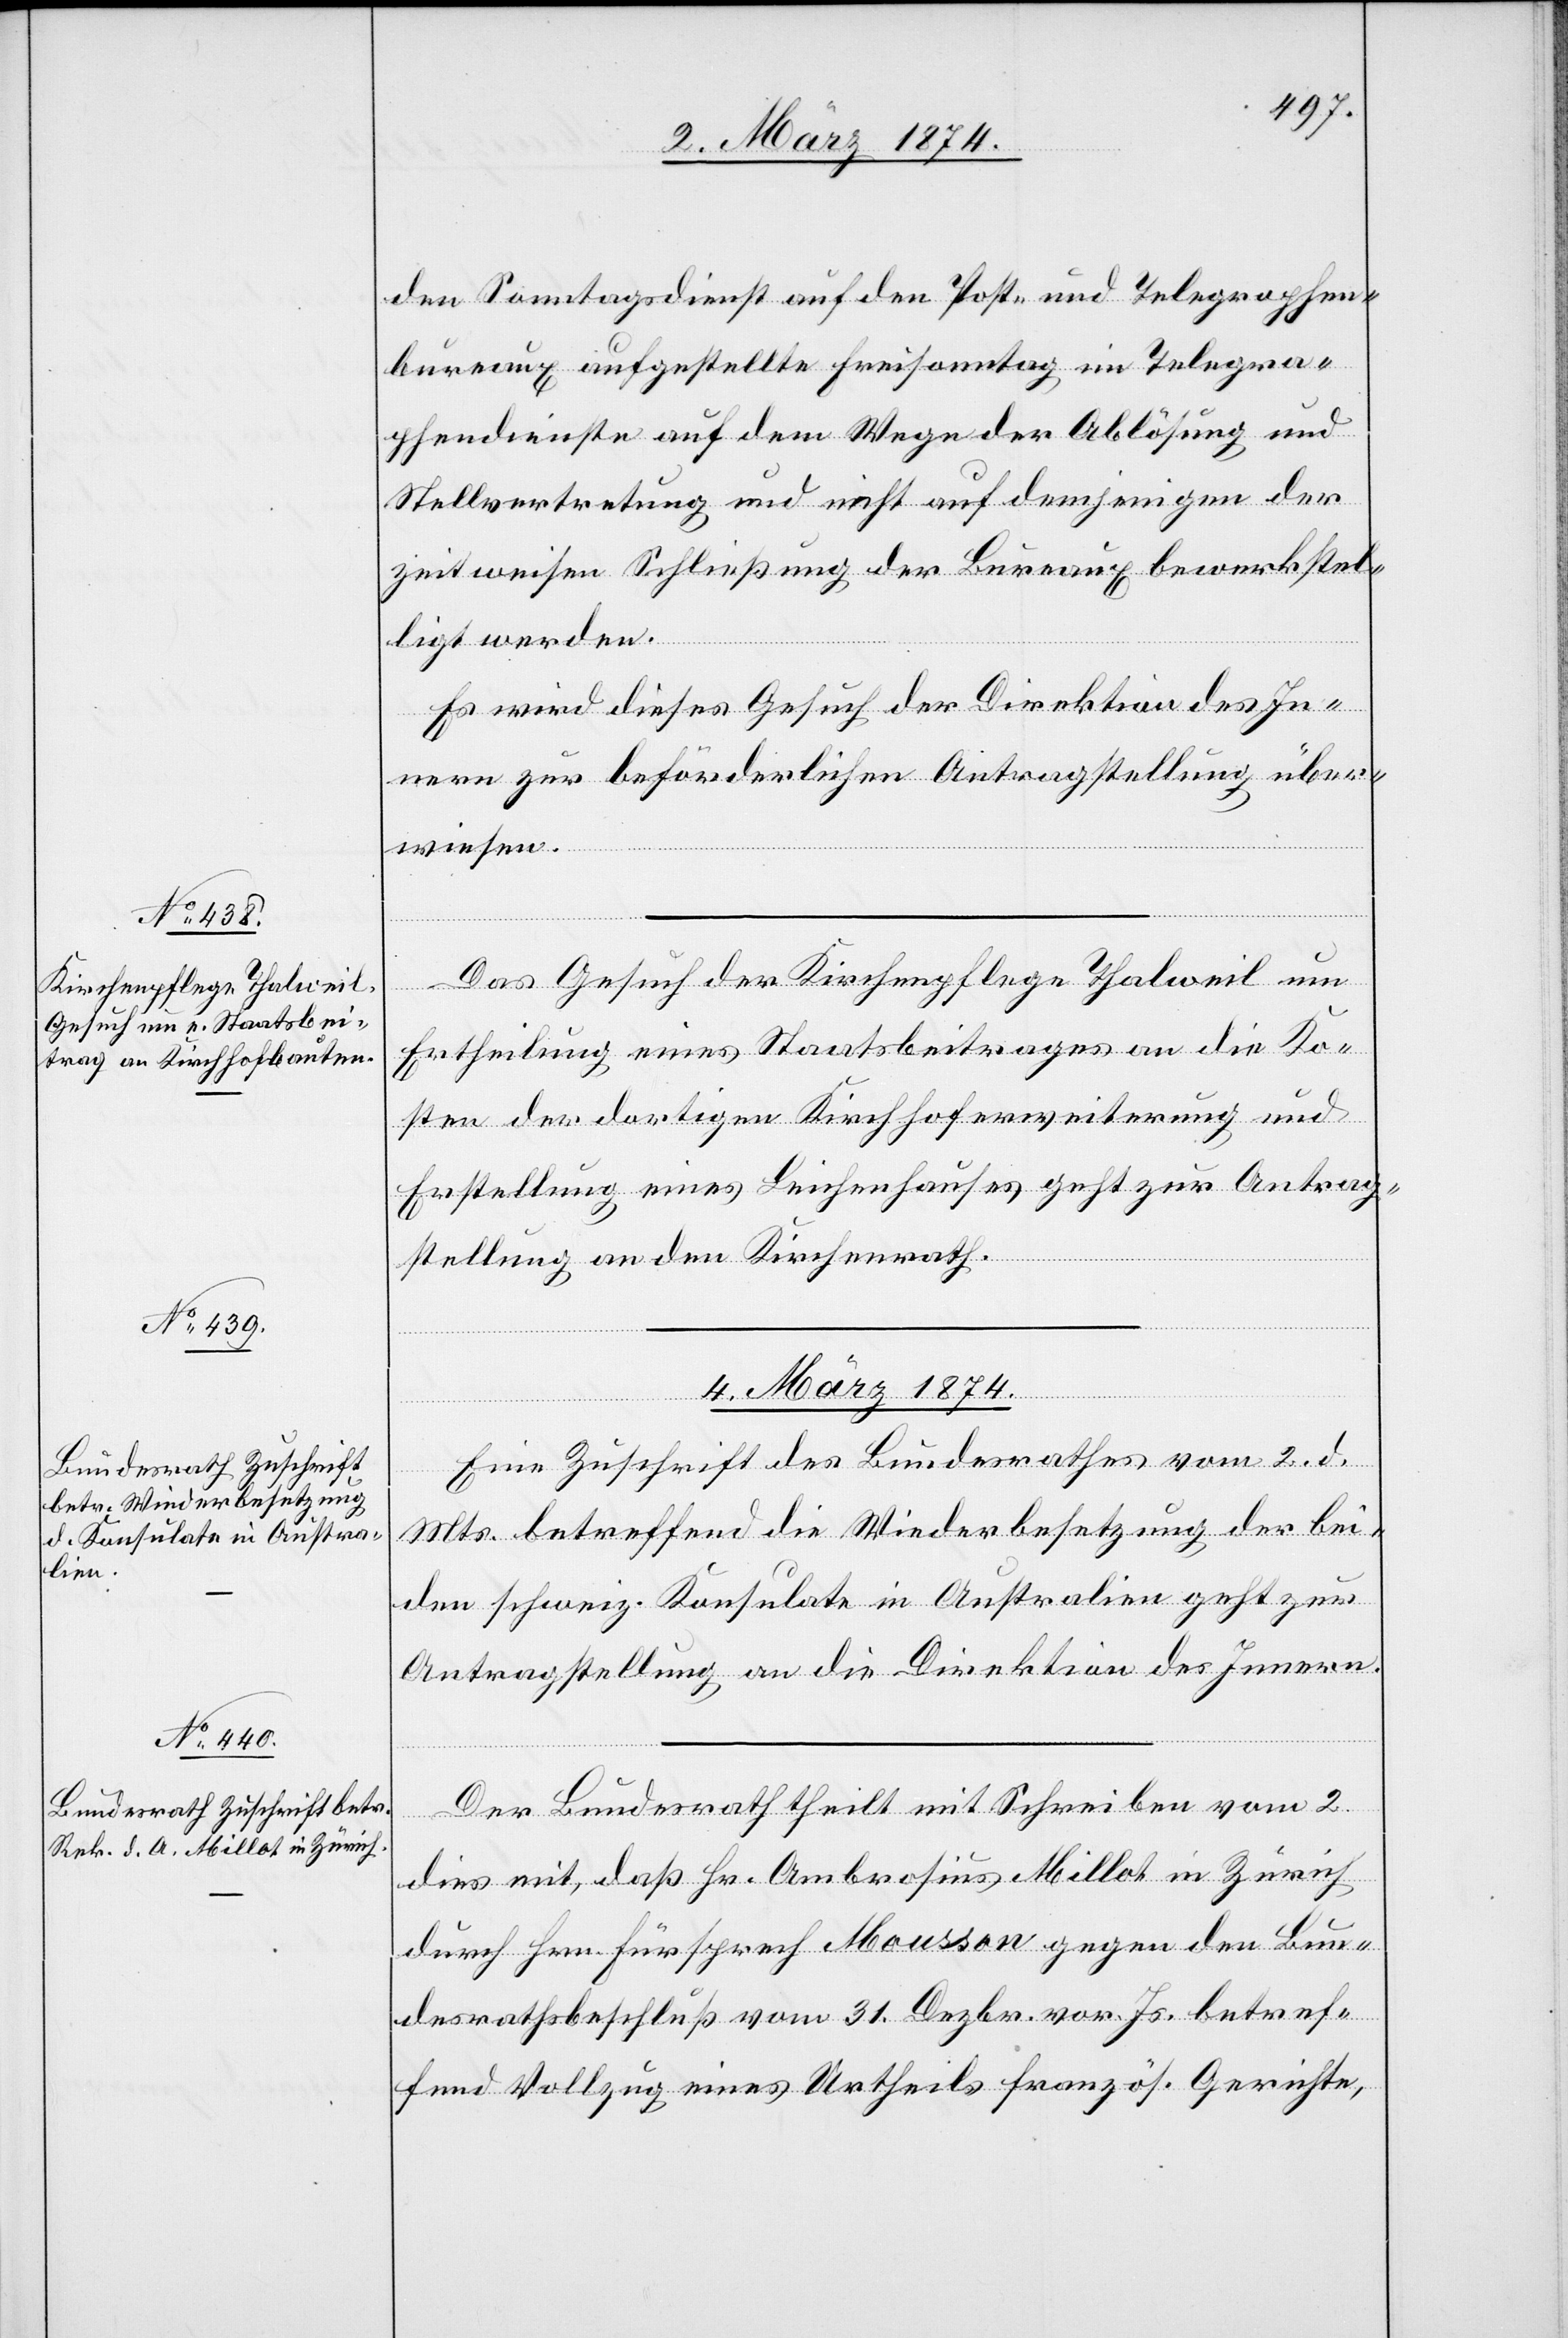
3. März 1874.]
den Sonntagsdienst auf den Post- und Telegraphen¬
bureaux aufgestellte Freisonntag im Telegra¬
phendienste auf dem Wege der Ablösung und
Stellvertretung und nicht auf demjenigen der
zeitweisen Schließung der Bureaux bewerkstel¬
ligt werden.
Es wird dieses Gesuch der Direktion des In¬
nern zur beförderlichen Antragstellung über¬
wiesen.
Das Gesuch der Kirchenpflege Thalweil um
Ertheilung eines Staatsbeitrages an die Ko¬
sten der dortigen Kirchhoferweiterung und
Erstellung eines Leichenhauses geht zur Antrag¬
stellung an den Kirchenrath.
4. März 1874.]
Eine Zuschrift des Bundesrathes vom 2. d.
Mts. betreffend die Wiederbesetzung der bei¬
den schweiz. Konsulate in Australien geht zur
Antragstellung an die Direktion des Innern.
Der Bundesrath theilt mit Schreiben vom 2.
dies mit, daß Hr. Ambrosius Millot in Zürich
durch Hrn. Fürsprech Mousson gegen den Bun¬
desrathsbeschluß vom 31. Dezbr. vor. Js. betref¬
fend Vollzug eines Urtheiles französ. Gerichte,